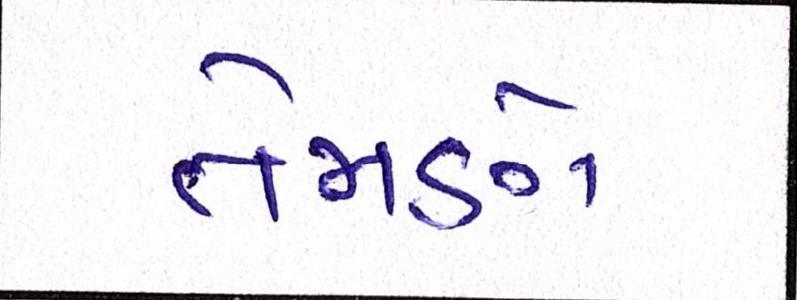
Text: તેમણે